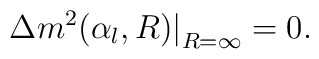
\Delta m^2(\alpha_l,R)\big|_{R=\infty}	=		0.